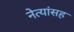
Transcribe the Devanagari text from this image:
नेत्यांसह